Report on horse surra - Volume I
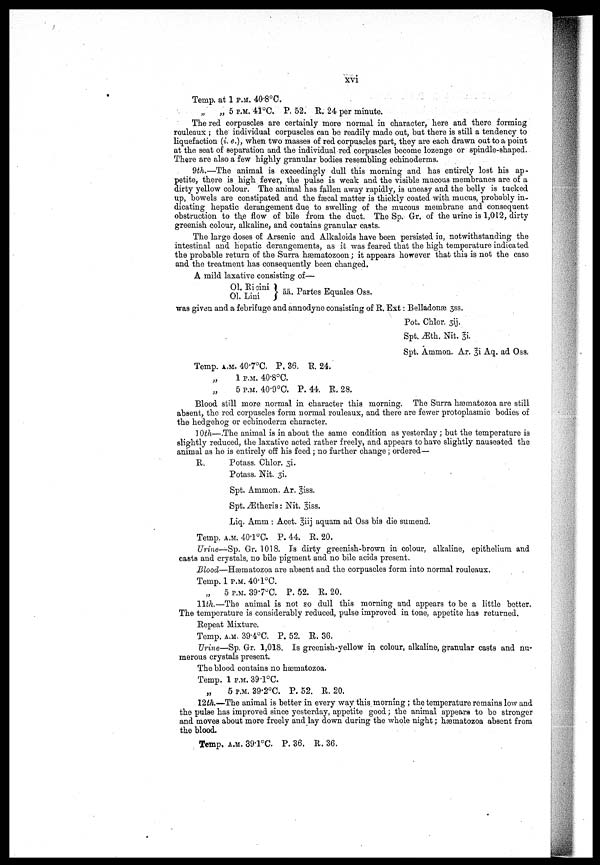
xvi
Temp. at 1 P.M. 40.8°C.
„
„ 5 P.M. 41°C. P. 62. R. 24 per minute.
The red corpuscles are certainly more normal in character, here and there forming
rouleaux ; the individual corpuscles can be readily made out, but there is still a tendency to
liquefaction (i.e.), when two masses of red corpuscles part, they are each drawn out to a point
at the seat of separation and the individual red corpuscles become lozenge or spindle-shaped.
There are also a few highly granular bodies resembling echinoderms.
9th,—The animal is exceedingly dull this morning and has entirely lost his ap
petite, there is high fever, the pulse is weak and the visible mucous membranes are of a
dirty yellow colour. The animal has fallen away rapidly, is uneasy and the belly is tucked
up, bowels are constipated and the fæcal matter is thickly coated with mucus, probably in
dicating hepatic derangement due to swelling of the mucous membrane and consequent
obstruction to the flow of bile from the duct. The Sp. Gr. of the urine is 1,012, dirty
greenish colour, alkaline, and contains granular casts.
The large doses of Arsenic and Alkaloids have been persisted in, notwithstanding the
intestinal and hepatic derangements, as it was feared that the high temperature indicated
the probable return of the Surra hæmatozoon ; it appears however that this is not the case
and the treatment has consequently been changed.
A mild laxative consisting of—
01.Ricini
01.Lini āā. Partes Equales Oss.
was given and a febrifuge and annodyne consisting of R. Ext : Belladonæ 3ss.
Pot. Chlor. 3ij.
Spt. Æth. Nit. 3i.
Spt. Ammon. Ar. 3i Aq. ad Oss.
Temp. A.M. 40.7°C. P. 36. R. 24.
„
1 P.M. 40.8°C.
„
5 P.M. 40.9°C. P. 44. R. 28.
Blood still more normal in character this morning. The Surra hæmatozoa are still
absent, the red corpuscles form normal rouleaux, and there are fewer protoplasmic bodies of
the hedgehog or echinoderm character.
10th—.The animal is in about the same condition as yesterday ; but the temperature is
slightly reduced, the laxative acted rather freely, and appears to have slightly nauseated the
animal as ho is entirely off his feed ; no further change ; ordered—
R.
Potass. Chlor. 3i.
Potass. Nit. 51.
Spt. Ammon. Ar. 3iss.
Spt. Ætheris : Nit. 3iss.
Liq. Amm : Acet. 3iij aquam ad Oss bis die sumend.
Temp. A.M. 40.1°C P. 44. R. 20.
Urine—Sp. Gr. 1018. Is dirty greenish-brown in colour, alkaline, epithelium and
casts and crystals, no bile pigment and no bile acids present.
Blood—Hæmatozoa are absent and the corpuscles form into normal rouleaux.
Temp. 1 P.M. 40.1°C.
„
5 P.M. 39.7°C. P. 52. R. 20.
11th.—The animal is not so dull this morning and appears to be a little better.
The temperature is considerably reduced, pulse improved in tone, appetite has returned.
Repeat Mixture.
Temp. A.M. 39.4°C. P. 52. R. 36.
Urine—Sp. Gr. 1,018. Is greenish.yellow in colour, alkaline, granular casts and nu
merous crystals present.
The blood contains no hæmatozoa.
Temp. 1 P.M. 39.1°C.
„
5 P.M. 39.2°C. P. 52. R. 20.
12th.—The animal is better in every way this morning ; the temperature remains low and
the pulse has improved since yesterday, appetite good; the animal appears to be stronger
and moves about more freely and lay down during the whole night ; hæmatozoa absent from
the blood.
Temp. A.M. 39.1°C. P. 36. R. 36.